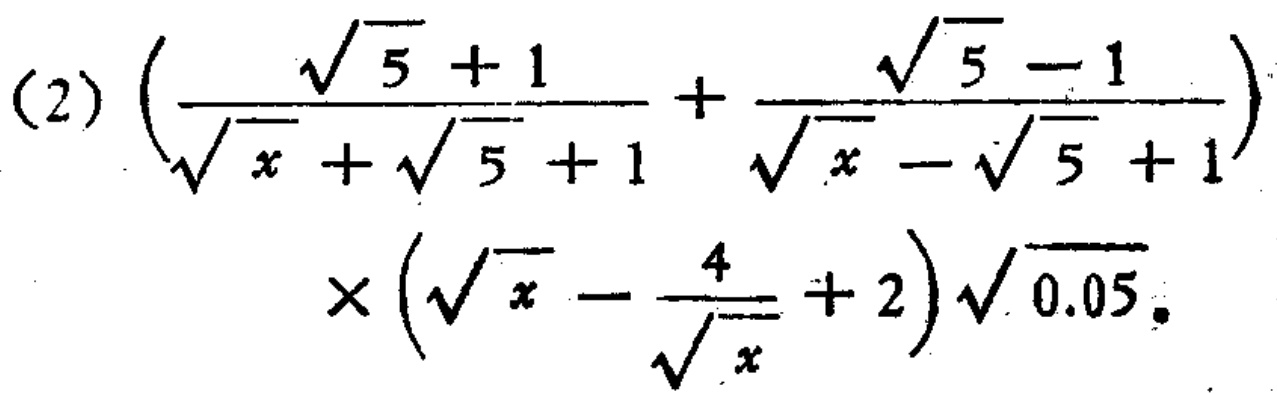
\((2)\left(\frac{\sqrt{5} + 1}{\sqrt{x}+\sqrt{5}+1}+\frac{\sqrt{5}-1}{\sqrt{x}-\sqrt{5}+1}\right)\times\left(\sqrt{x}-\frac{4}{\sqrt{x}} + 2\right)\sqrt{0.05}\)